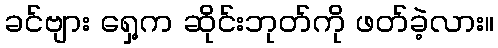
ခင်ဗျား ရှေ့က ဆိုင်းဘုတ်ကို ဖတ်ခဲ့လား။